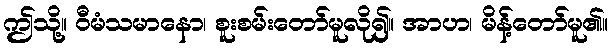
ဤသို့။ ဝီမံသမာနော၊ စူးစမ်းတော်မူလို၍။ အာဟ၊ မိန့်တော်မူ၏။